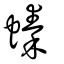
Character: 螓